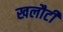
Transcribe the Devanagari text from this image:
खलौटी